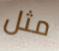
مثل